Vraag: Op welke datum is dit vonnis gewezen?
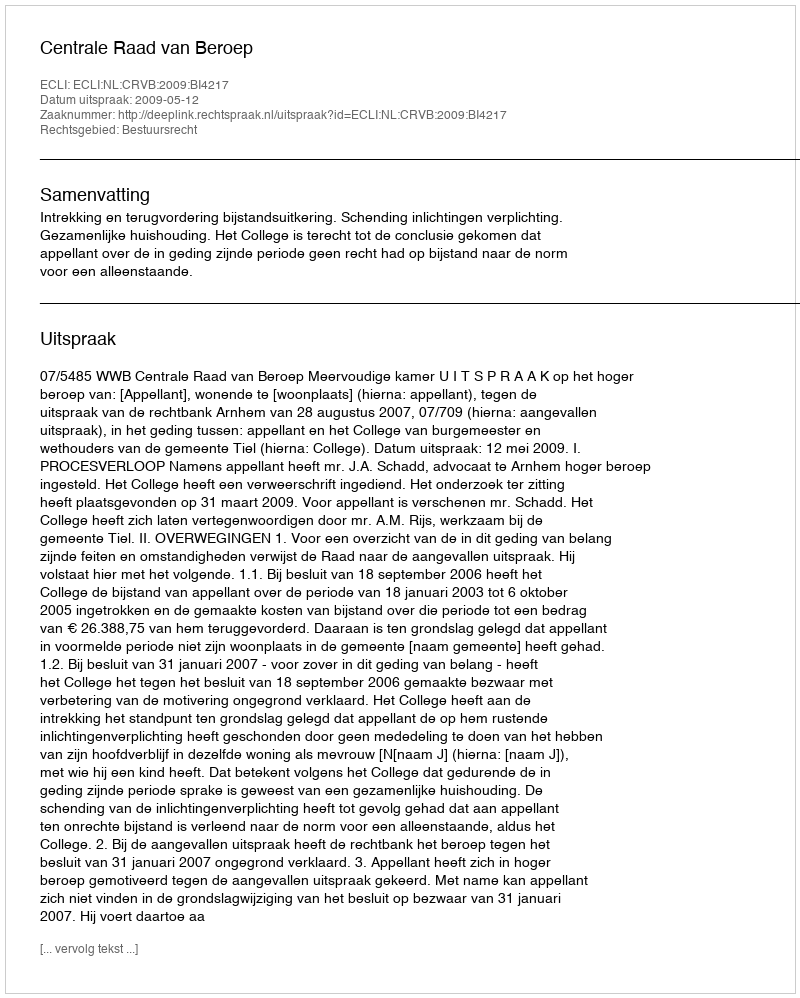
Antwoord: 2009-05-12